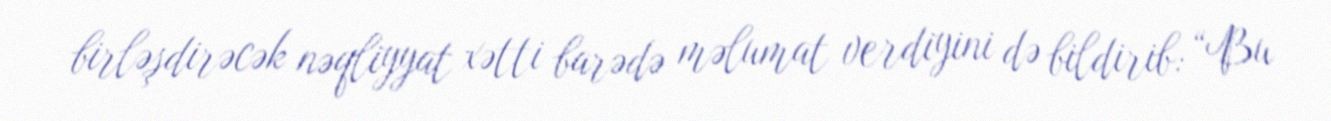
birləşdirəcək nəqliyyat xətti barədə məlumat verdiyini də bildirib: “Bu